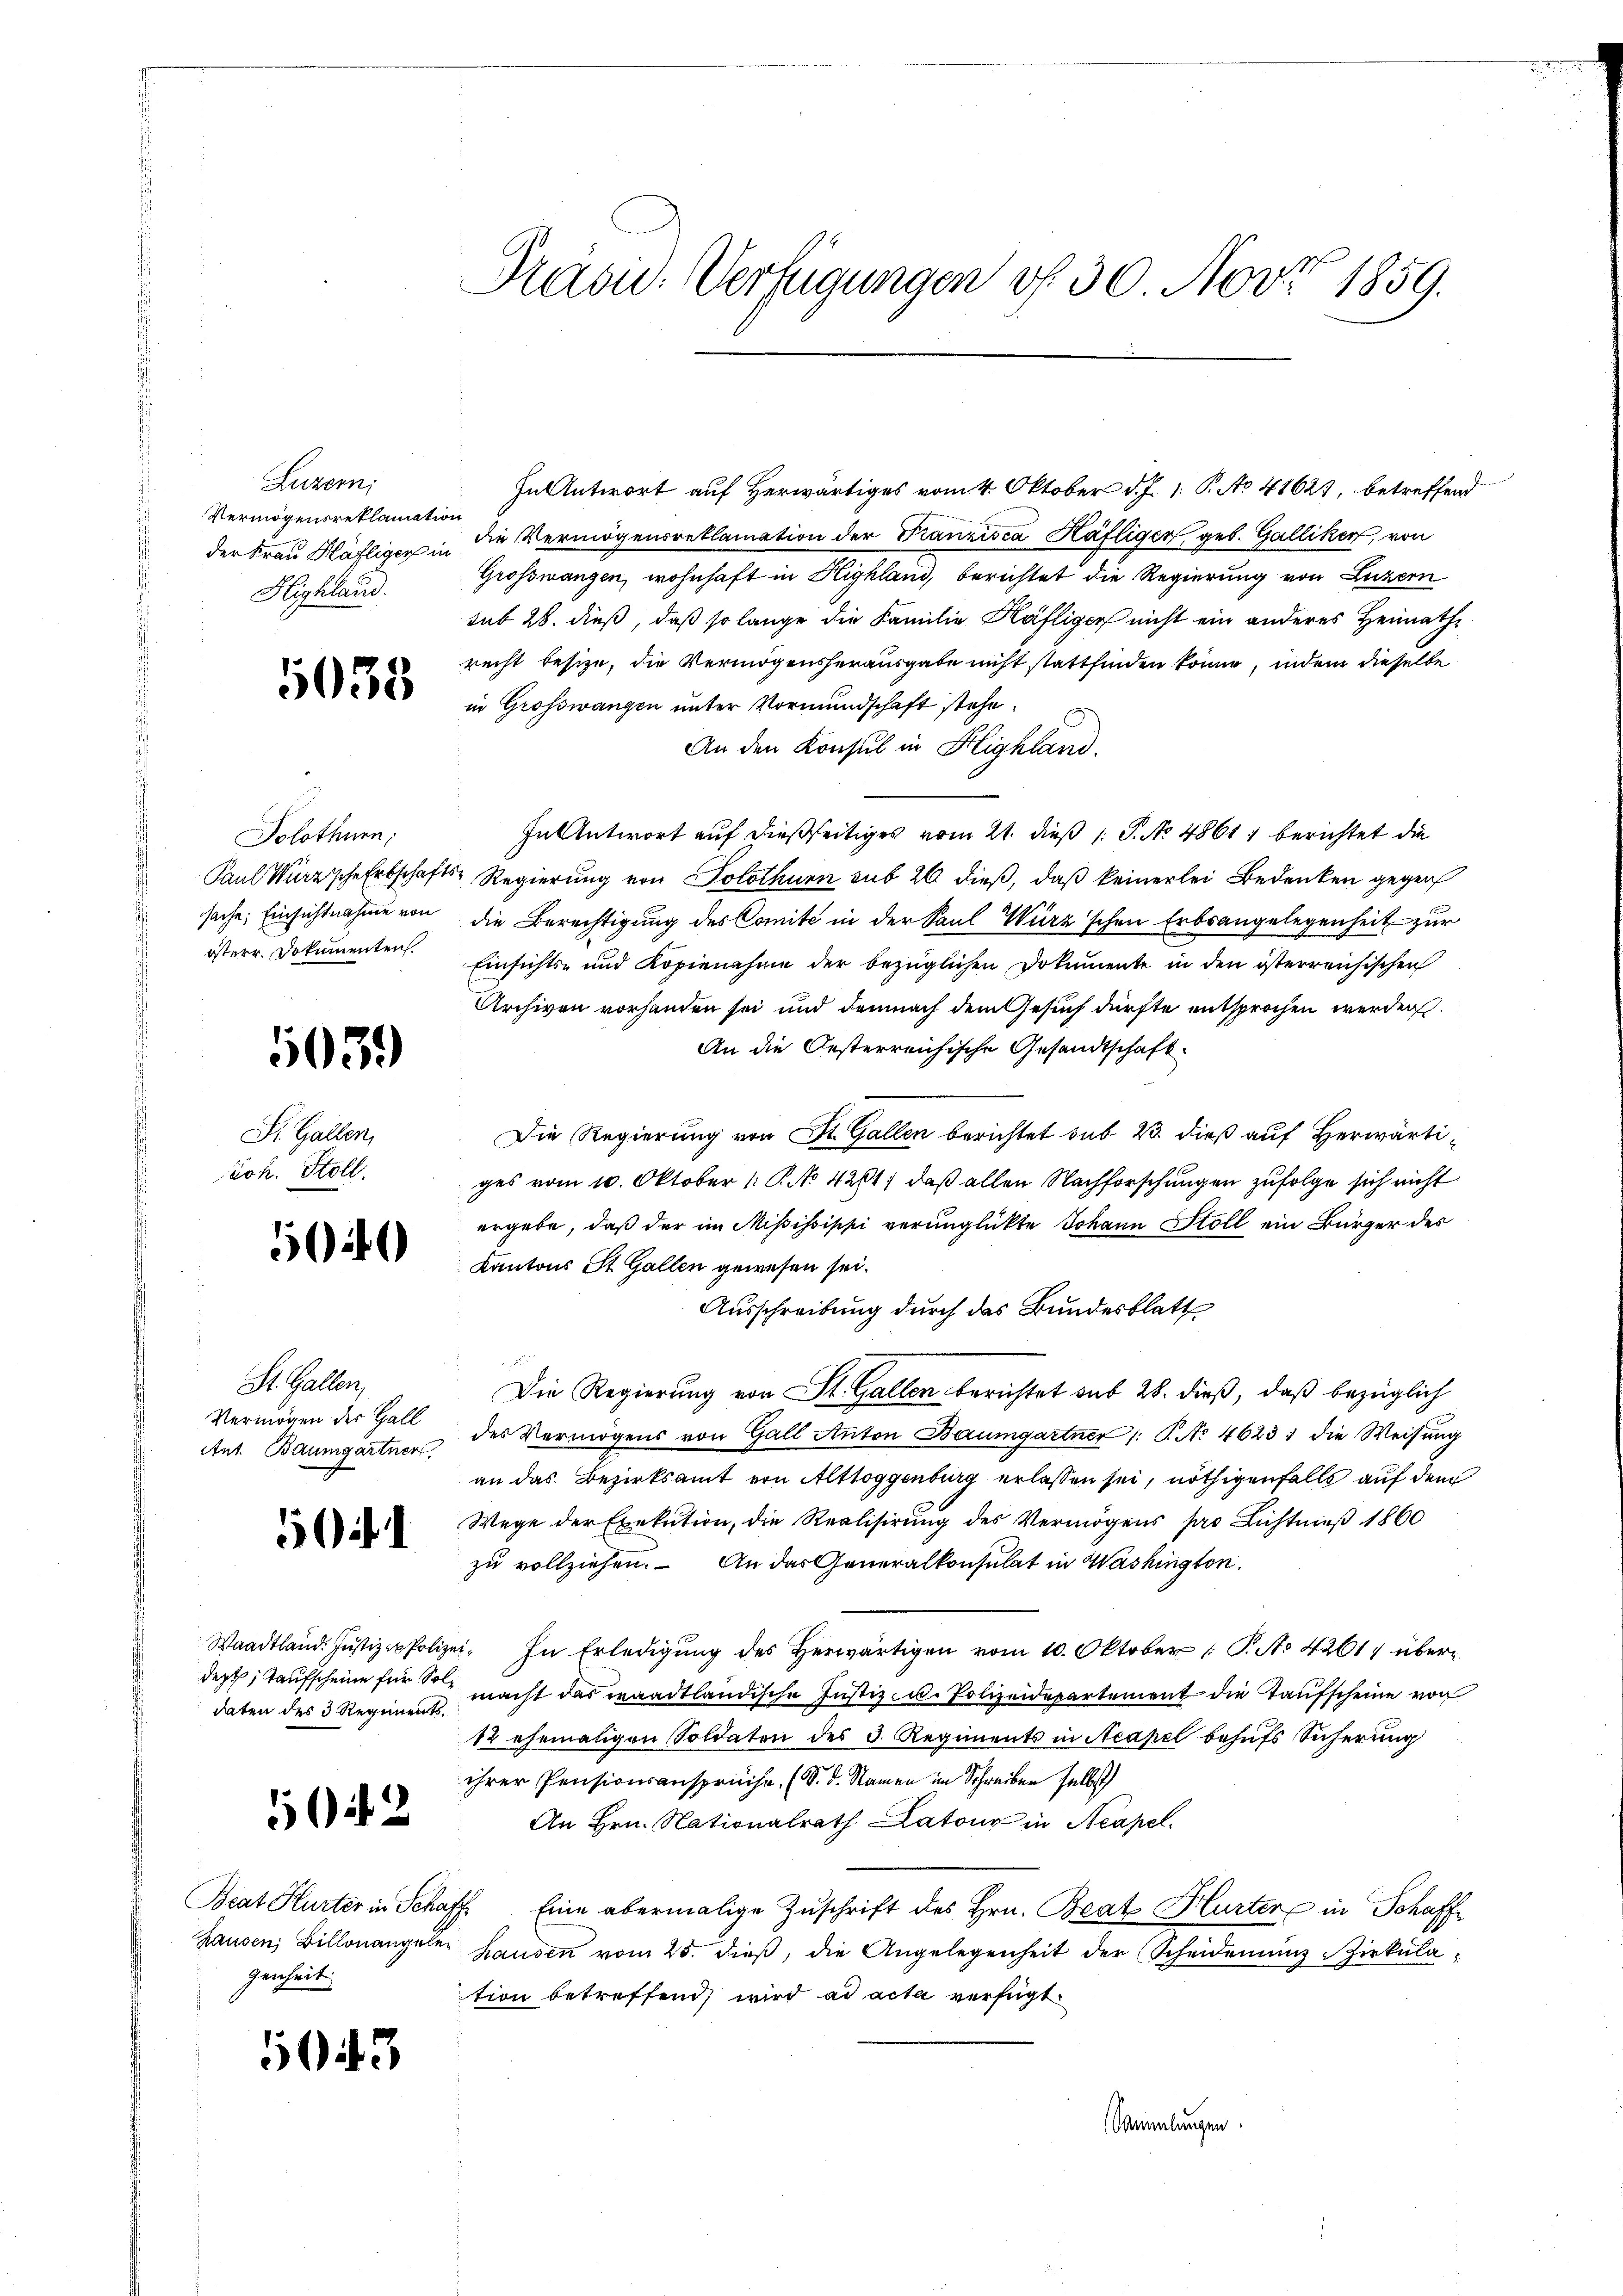
Luzern;
Vermögensreklamation
Highland.

1035

Solothurn,
österr. Dokumenten.

503.

St. Gallen,
Joh. Stoll.

)

St. Gallen,
Vermögen der Hall
Ant. Baumgartner,

50. 1

daten des 3 Regiments¬

52

genheit

143

In Antwort auf Herwärtiges vom 4. Oktober d. J. 1. P. No 41627, betreffend
der Frau Häfliger in die Vermögensreklamation der Franzisca Häfliger, geb. Galliker, von
Grosswangen, wohnhaft in Highland, berichtet die Regierung von Luzern
sub 28. dieß, daß so lange die Familie Häfliger nicht ein anderes Heimathe
recht besize, die Vermögensherausgabe nicht stattfinden könne, indem dieselbe
in Grosswangen unter Vormundschaft stehe
An den Konsul in Highland.
In Antwort auf dießseitiges vom 21. dieß P. No. 4861, berichtet die
Paul Wurzscherschafts-Regierung von Solothurn sub 20. dieß, daß keinerlei Bedenken gegen
sache. Einsichtnahme von die Berechtigung des Comité in der Paul Würz'schen Erbsangelegenheit zur
Einsichts- und Kopienahme der bezüglichen Dokumente in den österreichischen
Archiven vorhanden sei und demnach dem Gesuch dürfte entsprochen werden.
An die Oesterreichische Gesandtschaft
Die Regierung von St. Gallen berichtet sub 23. dieß auf Herwärtiges vom 10. Oktober (: P. No 4261. daß allen Nachforschungen zufolge sich nicht
ergebe, daß der im Mississippi verunglükte Johann Stoll ein Bürger des
Kantons St. Gallen gewesen sei.
Ausschreibung durch das Bundesblatt
Die Regierung von St. Gallen berichtet sub 28. dieß, daß bezüglich
des Vermögens von Gall Anton Baumgartner /: T. No 46231 die Weisung
an das Bezirksamt von Altloggenburg erlassen sei, nöthigenfalls auf dem
Wege der Exekution, die Realisirung des Vermögens pro Lichtmeß 1860
zu vollziehen. An das Generalkonsulat in Washington.
Waadtland. Jŭstiz - Polizei. In Erledigŭng des herwärtigen vom 10. Oktober 1 S. No 4261) überdept, Kaufscheine für So macht das waadtländische Justiz u. Polizeidepartement die Taufscheine von
12 ehemaligen Soldaten des 3. Regiments in Acapel behŭfs Sicherung
ihrer Pensionsansprüche. (S. d. Namen im Schreiben selbst
An Hrn. Nationalrath Latour in Neapel.
Beat Hurter in Schaff, Eine abermalige Zuschrift des Hrn. Beat Hurter in Schaff¬
Hausen Billonangeler Hausen vom 25. dieβ, die Angelegenheit der (Scheiderŭng Zirkŭla-
tion betreffend wird ad acta verfügt:
Sammlungen.

Prau. Verfügungen of 30. Nov. 1859.